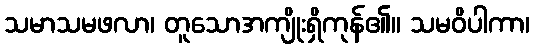
သမာသမဖလာ၊ တူသောအကျိုးရှိကုန်၏။ သမဝိပါကာ၊